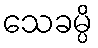
သေခမ္ပိ